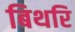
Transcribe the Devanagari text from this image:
बिथरि